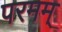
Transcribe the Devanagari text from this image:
परमम्